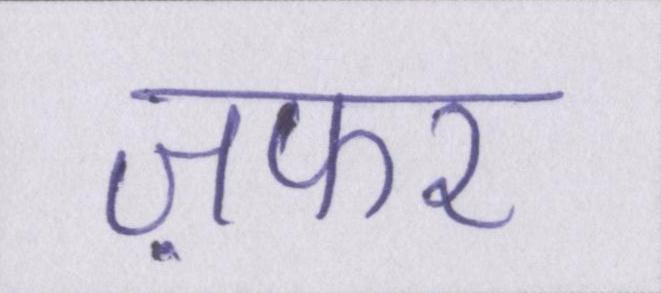
ज़फर